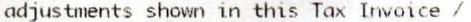
ADJUSTMENTS SHOWN IN THIS TAX INVOICE /